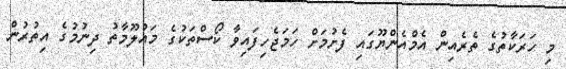
މި ހަރަކާތުގެ ތެރެއިން އެމްއެންޔޫގައި ފެށުމަށް ހަމަޖެހިފައިވާ ކޯސްތަކުގެ މައުލޫމާތު ދިނުމުގެ އިތުރުން